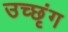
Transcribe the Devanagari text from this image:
उच्छृंग